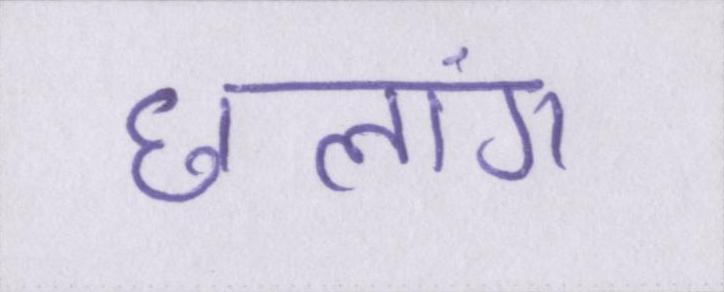
छलांग